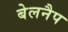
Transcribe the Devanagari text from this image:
बेलनैप